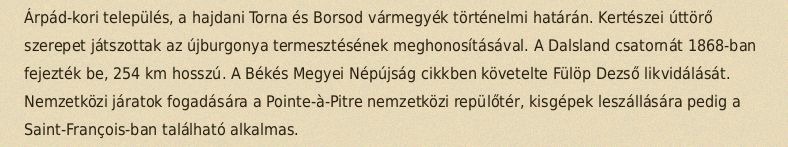
Árpád-kori település, a hajdani Torna és Borsod vármegyék történelmi határán. Kertészei úttörő szerepet játszottak az újburgonya termesztésének meghonosításával. A Dalsland csatornát 1868-ban fejezték be, 254 km hosszú. A Békés Megyei Népújság cikkben követelte Fülöp Dezső likvidálását. Nemzetközi járatok fogadására a Pointe-à-Pitre nemzetközi repülőtér, kisgépek leszállására pedig a Saint-François-ban található alkalmas.